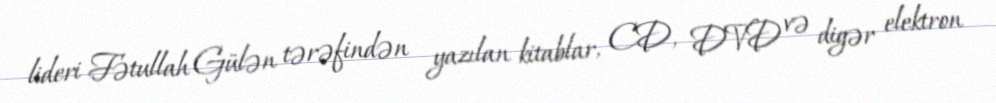
lideri Fətullah Gülən tərəfindən yazılan kitablar, CD, DVD və digər elektron